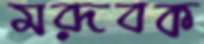
মরূবক